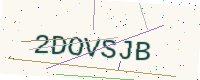
Text: 2DOVSJB